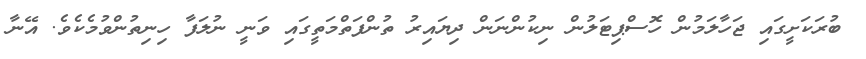
ބުރަކަށީގައި ޖަހާލަމުން ހޮސްޕިޓަލުން ނިކުންނަން ދިޔައިރު ތުންފަތްމަތީގައި ވަނީ ނުލަފާ ހިނިތުންވުމެކެވެ. އޭނާ